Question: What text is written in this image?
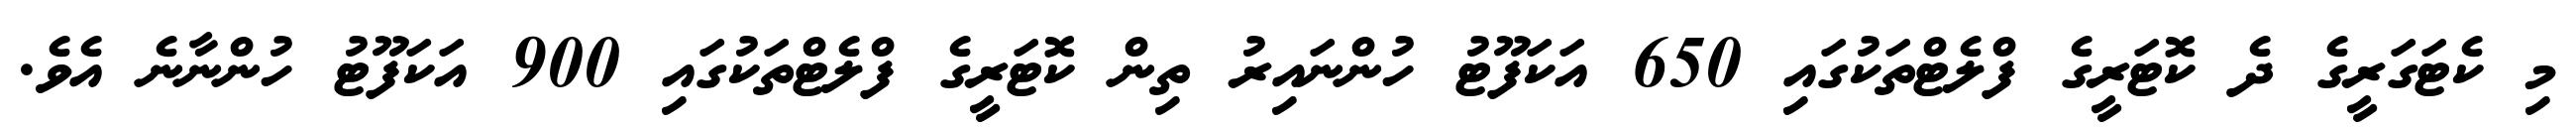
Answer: މި ކެޓަގަރީގެ ދެ ކޮޓަރީގެ ފްލެޓްތަކުގައި 650 އަކަފޫޓު ހުންނައިރު ތިން ކޮޓަރީގެ ފްލެޓްތަކުގައި 900 އަކަފޫޓު ހުންނާނެ އެވެ.